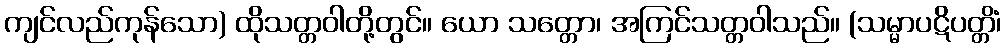
ကျင်လည်ကုန်သော) ထိုသတ္တဝါတို့တွင်။ ယော သတ္တော၊ အကြင်သတ္တဝါသည်။ (သမ္မာပဋိပတ္တိံ၊